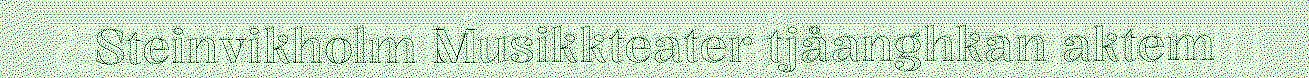
Steinvikholm Musikkteater tjåanghkan aktem